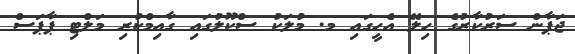
ޖަޕާން ސަރުކާރުގެ ހިލޭ އެހީގައި މ. މުލަކު ސްކޫލުގައި ގާއިމްކުރި މަލްޓި ޕާޕަސް